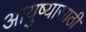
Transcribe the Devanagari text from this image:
आयुष्यासाठी